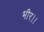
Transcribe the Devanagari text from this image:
भीर।।